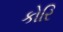
કોરિ